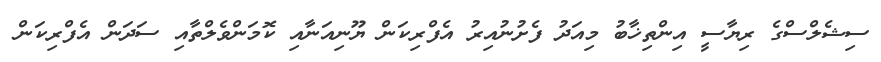
ސިޝެލްސްގެ ރިޔާސީ އިންތިޚާބު މިއަދު ފެށުނުއިރު އެފްރިކަން ޔޫނިއަނާއި ކޮމަންވެލްތާއި ސަދަން އެފްރިކަން